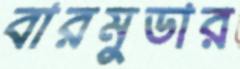
বারমুডার